Punjab Mental Hospital Lahore 1922-31 - 1922-1931
Year: 1922
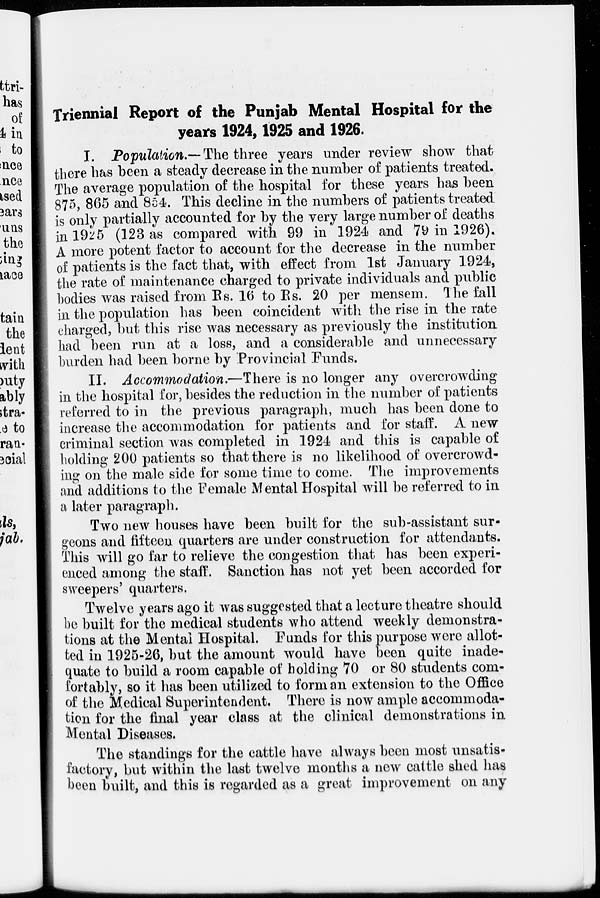
Triennial Report of the Punjab Mental Hospital for the
years 1924,1925 and 1926.
I. Population.— The three years under review show that
there has been a steady decrease in the number of patients treated.
The average population of the hospital for these years has been
875, 865 and 854. This decline in the numbers of patients treated
is only partially accounted for by the very large number of deaths
in 1925 (123 as compared with 99 in 1924 and 79 in 1926).
A more potent factor to account for the decrease in the number
of patients is the fact that, with effect from 1st January 1924,
the rate of maintenance charged to private individuals and public
bodies was raised from Rs. 16 to Rs. 20 per mensem. The fall
in the population has been coincident with the rise in the rate
charged, but this rise was necessary as previously the institution
had been run at a loss, and a considerable and unnecessary
burden had been borne by Provincial Funds.
II. Accommodation.—There is no longer any overcrowding
in the hospital for, besides the reduction in the number of patients
referred to in the previous paragraph, much has been done to
increase the accommodation for patients and for staff. A new
criminal section was completed in 1924 and this is capable of
holding 200 patients so that there is no likelihood of overcrowd-
ing on the male side for some time to come. The improvements
and additions to the Female Mental Hospital will be referred to in
a later paragraph.
Two new houses have been built for the sub-assistant sur-
geons and fifteen quarters are under construction for attendants.
This will go far to relieve the congestion that has been experi-
enced among the staff. Sanction has not yet been accorded for
sweepers' quarters.
Twelve years ago it was suggested that a lecture theatre should
be built for the medical students who attend weekly demonstra-
tions at the Mental Hospital. Funds for this purpose were allot-
ted in 1925-26, but the amount would have been quite inade-
quate to build a room capable of holding 70 or 80 students com-
fortably, so it has been utilized to form an extension to the Office
of the Medical Superintendent. There is now ample accommoda-
tion for the final year class at the clinical demonstrations in
Mental Diseases.
The standings for the cattle have always been most unsatis-
factory, but within the last twelve months a new cattle shed has
been built, and this is regarded as a great improvement on any